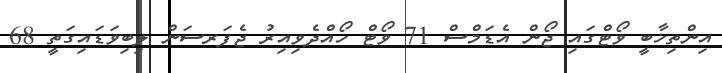
އިންތިޚާބީ ވޯޓްގައި ޖޯން އެޑަމްސް 71 ވޯޓް ހޯއްދެވިއިރު ޖެފަރސަން ލިބިވަޑައިގަތީ 68